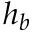
h _ { b }